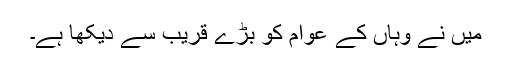
میں نے وہاں کے عوام کو بڑے قریب سے دیکھا ہے۔